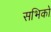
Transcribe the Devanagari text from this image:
सभिको